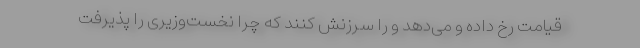
قیامت رخ داده و می‌دهد و را سرزنش کنند که چرا نخست‌وزیری را پذیرفت